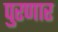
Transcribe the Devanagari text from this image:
पुरणार